Civil Veterinary Department. Madras. Admin. report 1910-25 - 1910-1925
Year: 1910
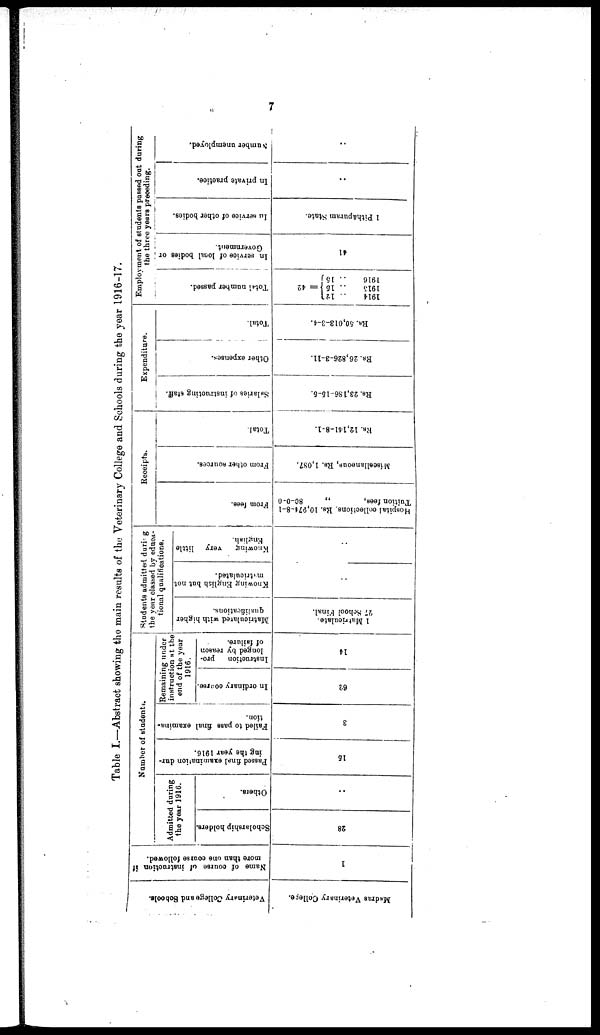
7
Table I.—Abstract showing the main results of the Veterinary College and Schools during the year 1916-17.
Veterinary College and Schools.
Madras Veterinary College.
Name of course of instruction if
more than one course followed.
1
Number of students.
Admitted during
the year 1916.
Scholarship holders.
28
Others.
..
Passed final examination dur-
ing the year 1916.
16
Failed to pass final examina-
tion.
3
Remaining under
instruction at the
end of the year
1916.
In ordinary course.
62
Instruction
pro-
longed by reason
of failure.
14
Students admitted during
the year classed by educa-
tional qualifications.
Matriculated
with higher
qualifications.
1 Matriculate.
27 School Final.
Knowing English but not
matriculated.
..
Knowing
very little
English.
..
Receipts.
From fees.
Hospital collections. Rs. 10,874-8-1
Tuition fees,
„
80-0-0
From other sources.
Miscellaneous, Rs. 1,087.
Total.
Rs. 12,141-8-1.
Expenditure.
Salaries of instructing staff.
Rs. 23,186-15-5.
Other expenses.
Rs. 26,826-3-11.
Total.
Rs. 50,013-3-4.
Employment of students passed out during
the three years preceding.
Total
number passed.
= 42
1914 .. 12
1915
.. 15
1916 .. 15
In service of local
bodies or
Government.
41
In service of other bodies.
1 Pithapuram State.
In private practice.
..
Number unemployed.
..